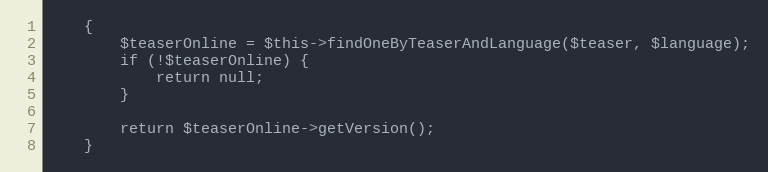
Language: PHP
    {
        $teaserOnline = $this->findOneByTeaserAndLanguage($teaser, $language);
        if (!$teaserOnline) {
            return null;
        }

        return $teaserOnline->getVersion();
    }